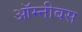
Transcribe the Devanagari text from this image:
ऑम्नीबस